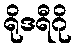
ရိုဒရီဂို